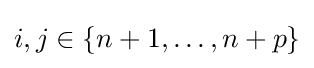
i,j\in \{n+1,\dots ,n+p\}